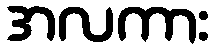
အလကား